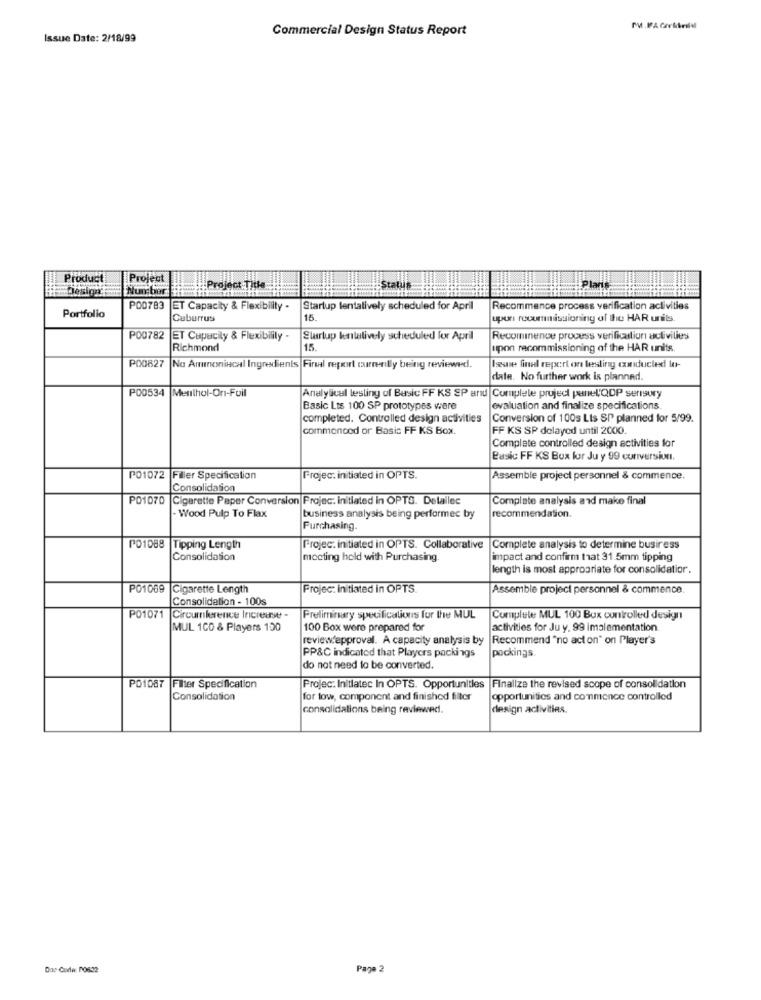
Commercial Design Status Report
MM.FFA CorMrildl
Issue Date: 2/18/99
Product
Project
Design
Nun bar
Project Title
Statis
Portfolio
PO0783 ET Capacity & Flexibility .
Startup tentatively scheduled for April
Recommence process ver
Ication activities
Cabarrus
15.
upor rocommissioning of the HAR units.
PO0782
ET Cupucily & Flexibility -
Startup lentalively scheduled for April
Recominence process verification activities
Richmond
15.
upon recommissioning of the HAR units.
P00827 No Amrumnonincal Ingredients Fireal report currently being reviewed.
Isse final report on lesling conducted lo-
date. No further work is planned
P00534 Menthol-On-Fuil
Analylical lesling of Basic FF KS SP and Complete projed penel'QDP serisury
Basic Lts 100 SP prototypes were
evaluation and finalize specifications.
completed. Controlled design activities
Conversion of 100s Lts SP planned for 5/99.
commenced or Basic FF KS Box.
FF KS SP delayed until 2000
Complete controlled design activities for
Basic FF KS Box for Ju y 99 cuniverssiun.
PO1072
Filer Specification
Projec. initiated in OPTS.
Assemble project personnel & commence.
Consolidation
PO1070
Cigarette Paper Conversion Projec: initiated in OPTS. Detallec
Complate analysis and make final
Wood Pulp To Flax
business analysis being performed by
recommendation.
Purchasing
PO1088 |Tipping Length
Projec: initiated in OPTS. Collaborative
Complete analysis to determine business
Consolidation
mocting hold with Purchasing
impact and confirm that 31.5mm tipping
length is most appropriate for consolidatior.
P01069 Cigarette Length
Projec: initiated in OPTS
Assemble project personnel & commence.
Consolidation - 100s
P01071 Circumference Increase -
Preliminary specifications for the MUL
Complete MUL 100 Box controlled design
MUL 1CO & Players 100
100 Box were prepared for
activities for Ju y. 99 implementation
review approval. A capacity analysis by
Recommend "no act on" on Player's
pockings.
PP&C indicated that Players packings
do not need to be converted.
PO1087 Filter Specification
Projec: Initlatec In OPTS. Opportunities
Finalize the revised scope of consolidation
Consolidation
for low, component and finished filter
opportunities and commence controlled
consolidations being reviewed.
design activities.
Page 2